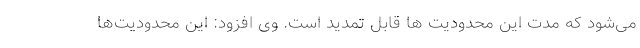
می‌شود که مدت این محدودیت ها قابل تمدید است. وی افزود: این محدودیت‌ها